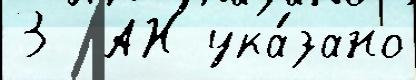
3  АН ука́зано